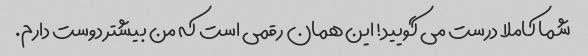
شما کاملا درست می گویید! این همان رقمی است که من بیشتر دوست دارم.